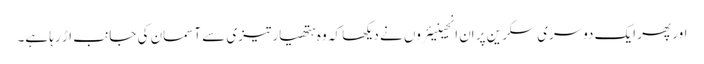
اور پھر ایک دوسری سکرین پر اِن انجینیئروں نے دیکھا کہ وہ ہتھیار تیزی سے آسمان کی جانب اڑ رہا ہے۔